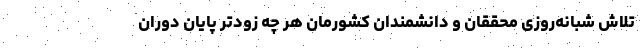
تلاش شبانه‌روزی محققان و دانشمندان کشورمان هر چه زودتر پایان دوران